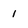
Character: 1